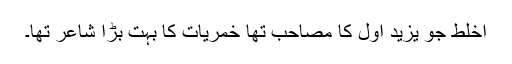
اخلط جو یزید اول کا مصاحب تھا خمریات کا بہت بڑا شاعر تھا۔